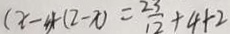
( x - 4 ) ( 2 - x ) = \frac { 2 3 } { 1 2 } + 4 + 2